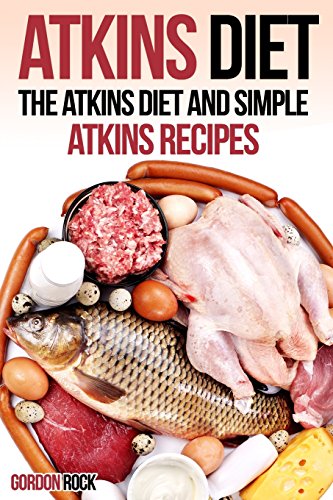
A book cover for Atkins Diet: The Atkins Diet and Simple Atkins Recipes (Atkins Diet Cookbook); Gordon Rock; Health, Fitness & Dieting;